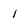
Character: i